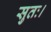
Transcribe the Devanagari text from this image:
सुतः।